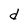
Character: d